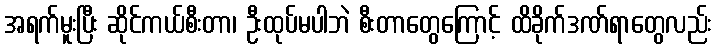
အရက်မူးပြီး ဆိုင်ကယ်စီးတာ၊ ဦးထုပ်မပါဘဲ စီးတာတွေကြောင့် ထိခိုက်ဒဏ်ရာတွေလည်း